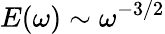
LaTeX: E(\omega)\sim\omega^{-3/2}